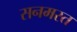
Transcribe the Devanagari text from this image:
सनमस्त